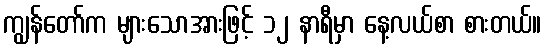
ကျွန်တော်က များသောအားဖြင့် ၁၂ နာရီမှာ နေ့လယ်စာ စားတယ်။